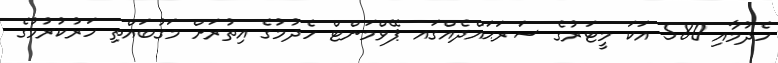
ހެދުމާއި 580 އަކަ މީޓަރުގެ ސަރަޙައްދެއްގައ ޕޭވްމަންޓް ހެދުމުގެ އިތުރަށް މަގުބައްތި ހަރުކުރުމުގެ